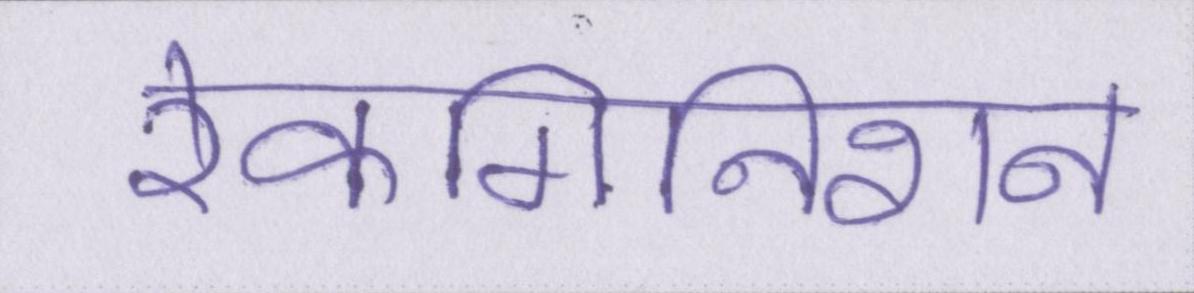
रेकगिनिशन